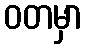
ဝတမှာ